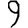
Digit: 9